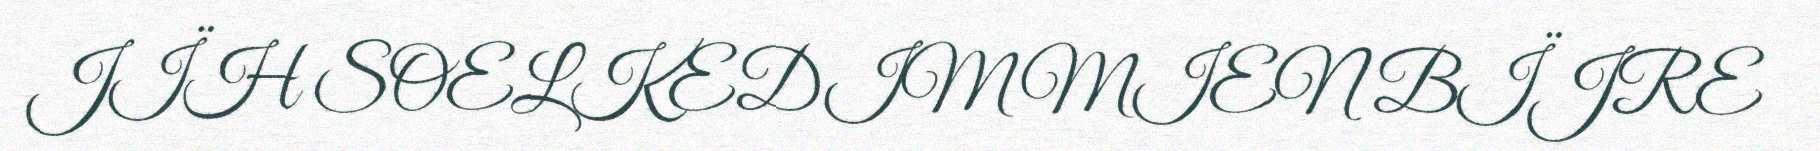
JÏH SOELKEDIMMIEN BÏJRE